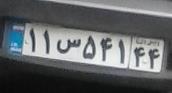
۱۱س۵۴۱۴۴